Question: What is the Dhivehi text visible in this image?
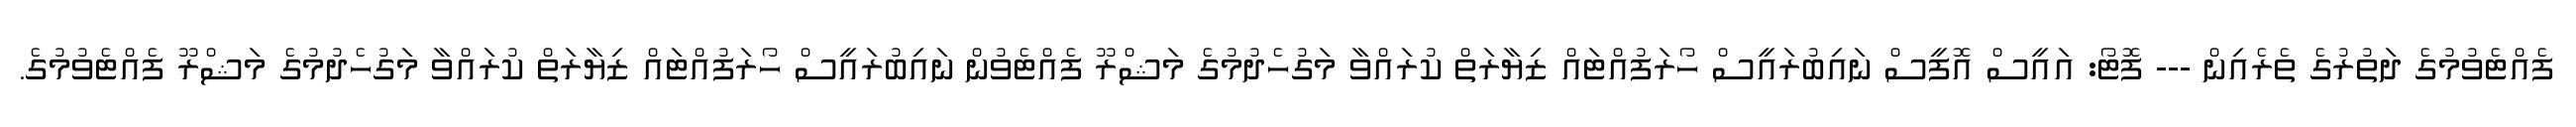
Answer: ފެއްޓެވުމުގެ ދަތުރުގެ ތެރެއިން --- ފޮޓޯ: އައީސް އޮފީސް ނައިބުރައީސް ހޯރަފުއްޓައް ޒިޔާރަތް ކުރައްވާ މަގުހެދުމުގެ މަޝްރޫ ފެއްޓެވުން ނައިބުރައީސް ހޯރަފުއްޓައް ޒިޔާރަތް ކުރައްވާ މަގުހެދުމުގެ މަޝްރޫ ފެއްޓެވުމުގެ.